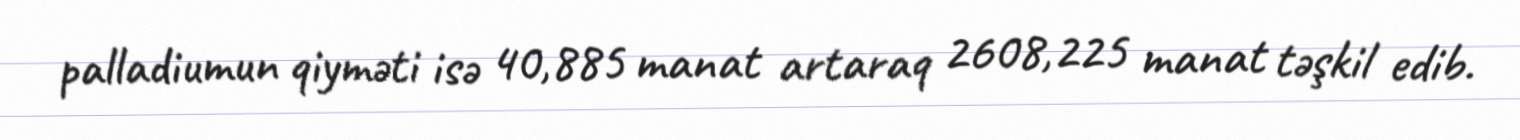
palladiumun qiyməti isə 40,885 manat artaraq 2608,225 manat təşkil edib.